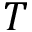
T